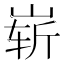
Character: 崭